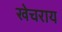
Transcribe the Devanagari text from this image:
खेचराय